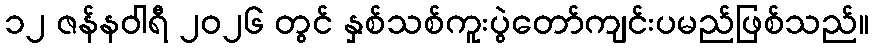
၁၂ ဇန်နဝါရီ ၂၀၂၆ တွင် နှစ်သစ်ကူးပွဲတော်ကျင်းပမည်ဖြစ်သည်။